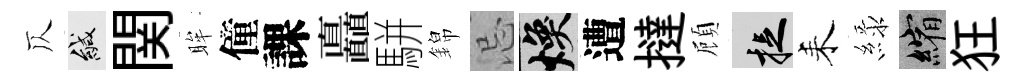
仄緘関眸僮課矗駢錦忌焕遭撻頋捉耒緑縮狂